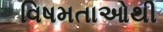
વિષમતાઓથી